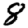
Digit: 8